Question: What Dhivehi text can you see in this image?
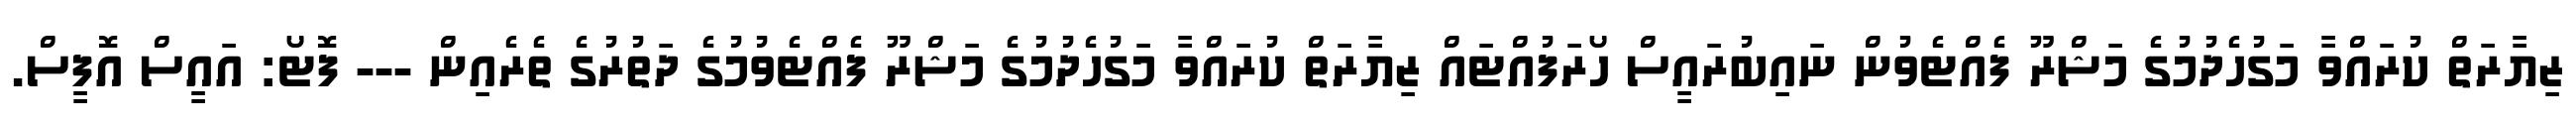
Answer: ޒިޔާރަތް ކުރައްވާ މަގުހެދުމުގެ މަޝްރޫ ފެއްޓެވުން ނައިބުރައީސް ހޯރަފުއްޓައް ޒިޔާރަތް ކުރައްވާ މަގުހެދުމުގެ މަޝްރޫ ފެއްޓެވުމުގެ ދަތުރުގެ ތެރެއިން --- ފޮޓޯ: އައީސް އޮފީސް.